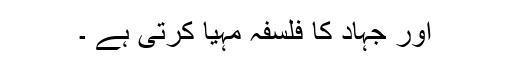
اور جہاد کا فلسفہ مہیا کرتی ہے ۔